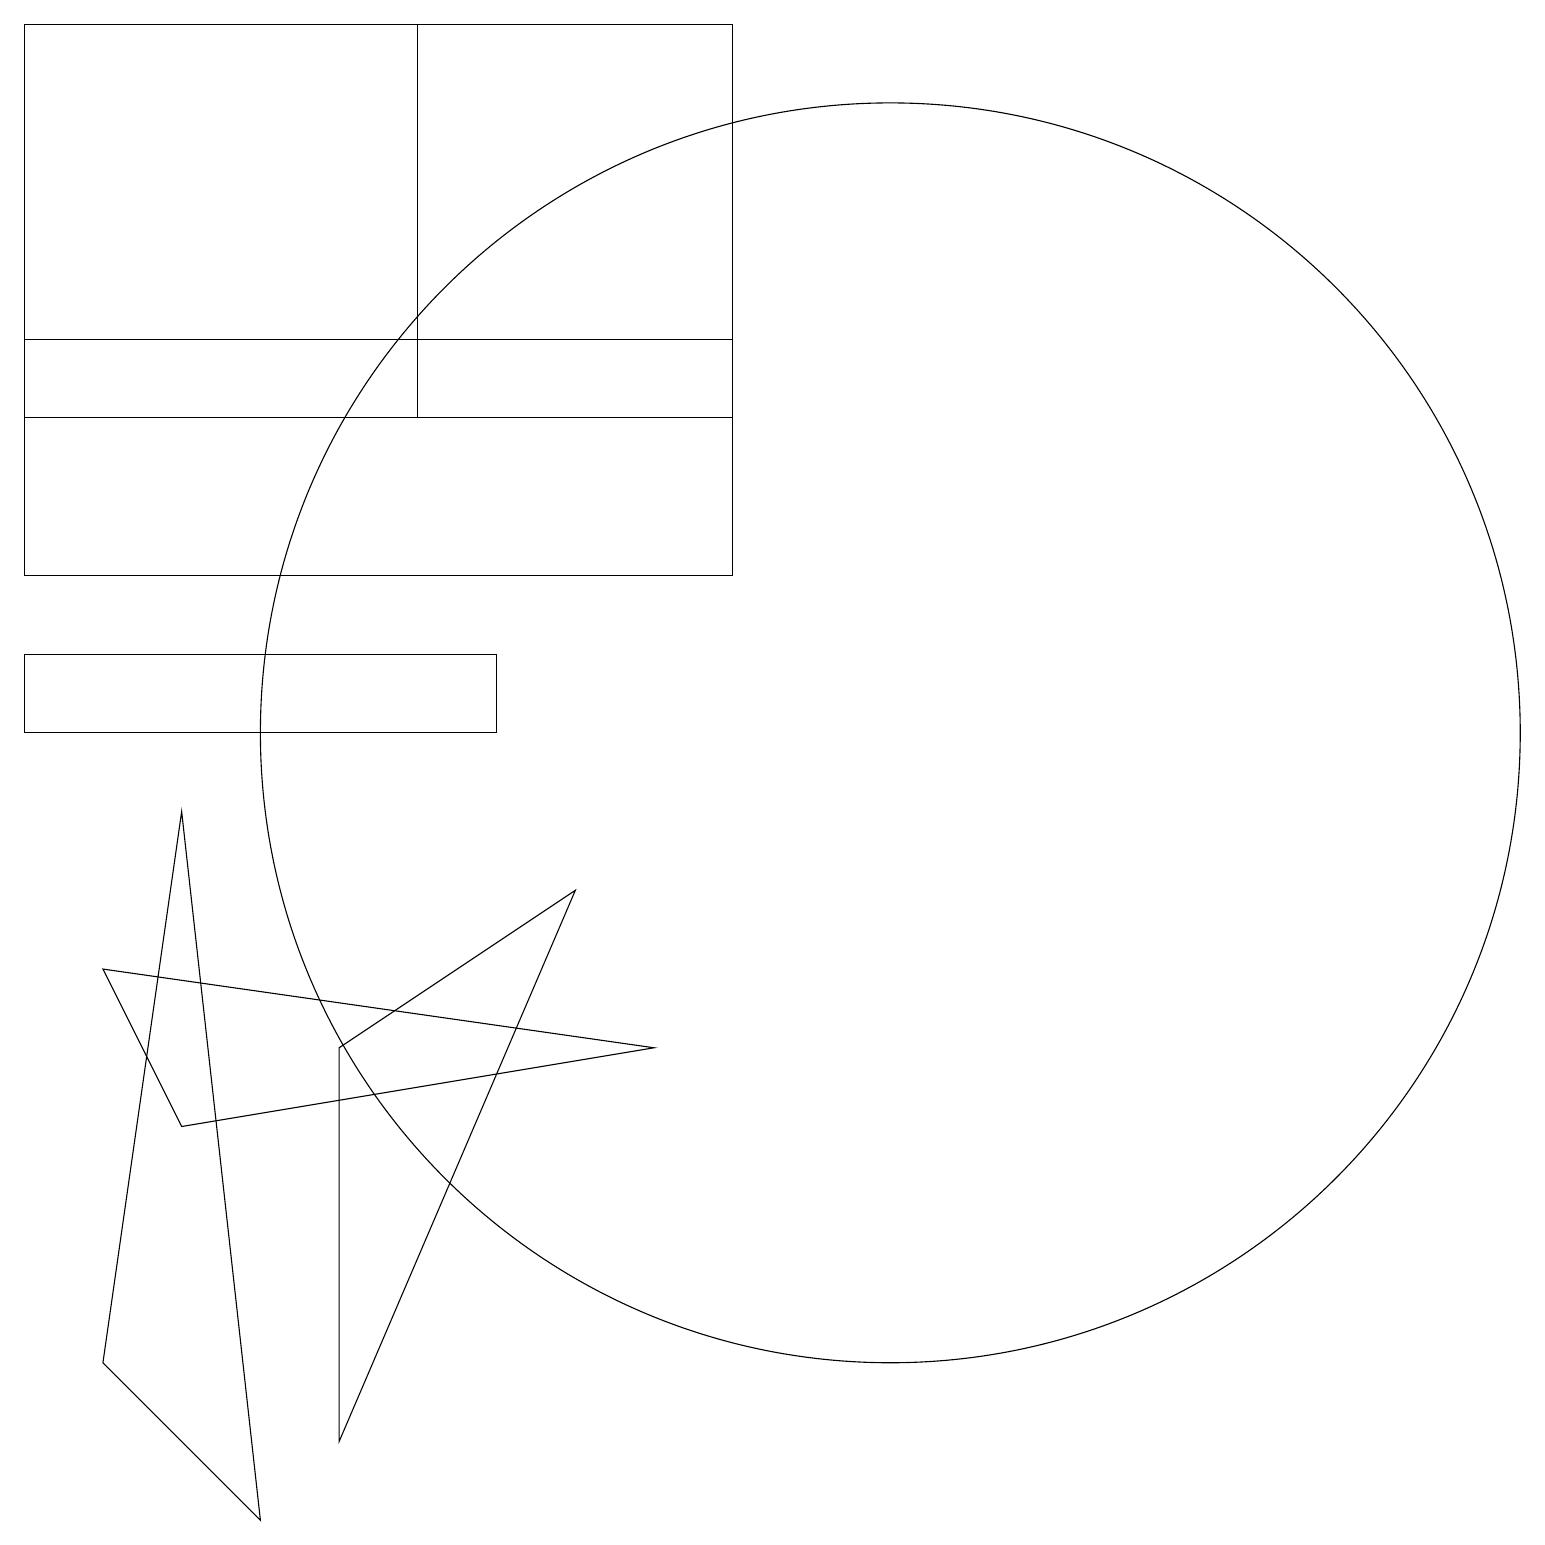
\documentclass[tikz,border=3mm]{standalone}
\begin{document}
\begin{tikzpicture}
\draw (1,7) -- (8,6) -- (2,5) -- cycle;
\draw (1,2) -- (3,0) -- (2,9) -- cycle;
\draw (11,10) circle (8);
\draw (0,12) rectangle (9,15);
\draw (6,11) rectangle (0,10);
\draw (9,19) rectangle (0,14);
\draw (4,6) -- (4,1) -- (7,8) -- cycle;
\draw (5,14) rectangle (9,19);
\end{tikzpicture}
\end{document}